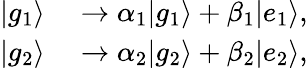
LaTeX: \begin{array}{rl}{|g_{1}\rangle}&{{}\rightarrow\alpha_{1}|g_{1}\rangle+\beta_{1}|e_{1}\rangle,}\\ {|g_{2}\rangle}&{{}\rightarrow\alpha_{2}|g_{2}\rangle+\beta_{2}|e_{2}\rangle,}\end{array}